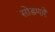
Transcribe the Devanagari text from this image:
सोडणारे